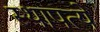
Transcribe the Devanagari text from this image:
स्थापत्ये